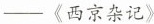
-〈西京杂记》